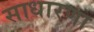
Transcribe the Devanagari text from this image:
साधारणा